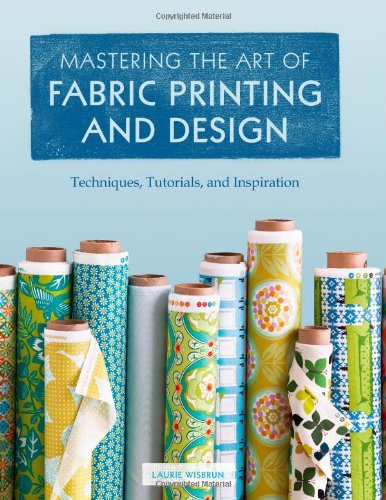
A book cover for Mastering the Art of Fabric Printing and Design; Laurie Wisbrun; Crafts, Hobbies & Home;